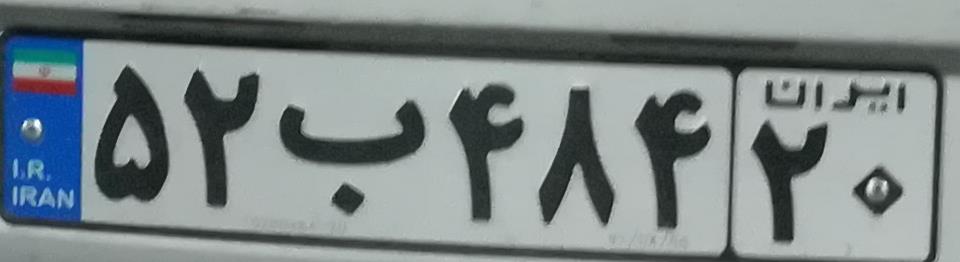
۵۲ب۴۸۴۲۰